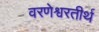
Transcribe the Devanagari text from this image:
वरणेश्वरतीर्थ